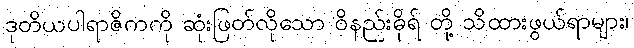
ဒုတိယပါရာဇိကကို ဆုံးဖြတ်လိုသော ဝိနည်းဓိုရ် တို့ သိထားဖွယ်ရာများ၊